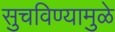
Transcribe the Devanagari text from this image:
सुचविण्यामुळे